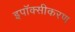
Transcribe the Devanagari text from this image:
इपॉक्सीकरण